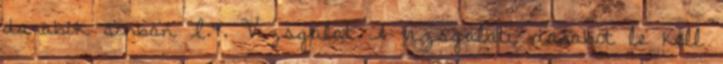
darabok sorban I.4. Vizsgálat A vizsgálati darabot le kell